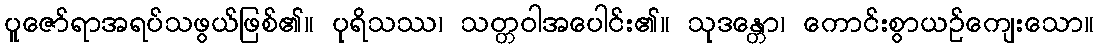
ပူဇော်ရာအရပ်သဖွယ်ဖြစ်၏။ ပုရိသဿ၊ သတ္တဝါအပေါင်း၏။ သုဒန္တော၊ ကောင်းစွာယဉ်ကျေးသော။